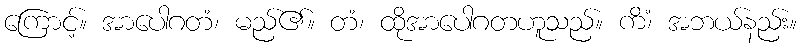
ကြောင့်။ အာပေါဂတံ၊ မည်၏။ တံ၊ ထိုအာပေါဂတဟူသည်။ ကိံ၊ အဘယ်နည်း။